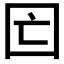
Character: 𡆲